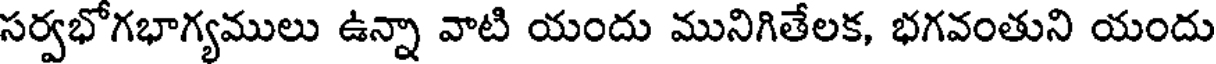
సర్వభోగభాగ్యములు ఉన్నా వాటి యందు మునిగితేలక, భగవంతుని యందు